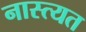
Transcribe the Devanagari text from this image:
नास्त्यत